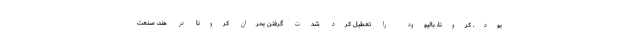
بود. کرونا، بالیوود را تعطیل کرد شدت گرفتن بحران کرونا در هند، صنعت